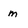
Character: m